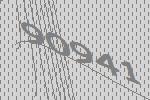
90941